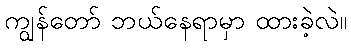
ကျွန်တော် ဘယ်နေရာမှာ ထားခဲ့လဲ။